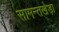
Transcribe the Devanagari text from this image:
सामन्तखेड़ा